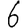
Digit: 6